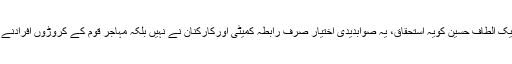
قائدتحریک الطاف حسین کویہ استحقاق، یہ صوابدیدی اختیار صرف رابطہ کمیٹی اورکارکنان نے نہیں بلکہ مہاجر قوم کے کروڑوں افرادنے دیاہے ۔